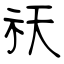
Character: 祆